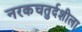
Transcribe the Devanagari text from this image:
नरकचतुर्दशीला